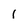
Character: 1